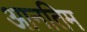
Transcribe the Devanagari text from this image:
आनतिम